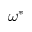
\omega ^ { * }